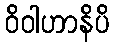
ဝိဝါဟာနိပိ